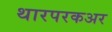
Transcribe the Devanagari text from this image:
थारपरकअर